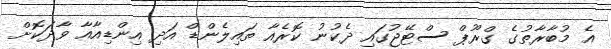
އެ މުބާރާތުގެ ގްރޫޕް ސްޓޭޖުގައި ދެކުނު ކޮރެއާ ތައިލެންޑް އަދި އިންޑިއާއާ ވާދަކޮށް